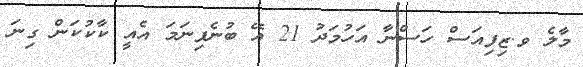
މާލެ ވ.ޒިފިއަސް ހަސްނާ އަހުމަދު 21 އޭ ބުނެފިނަމަ އެއީ ކާކުކަން ގިނަ